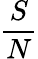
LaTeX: \frac{S}{N}